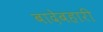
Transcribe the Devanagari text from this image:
बादेबहारी